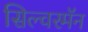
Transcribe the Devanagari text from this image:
सिल्वरमॅन